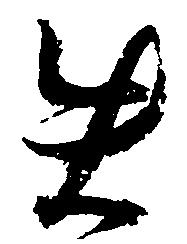
失